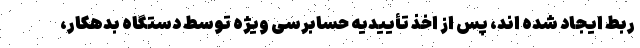
ربط ایجاد شده اند، پس از اخذ تأییدیه حسابرسی ویژه توسط دستگاه بدهکار،